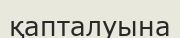
қапталуына